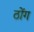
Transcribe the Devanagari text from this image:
ठोंग